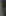
|